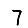
Digit: 7